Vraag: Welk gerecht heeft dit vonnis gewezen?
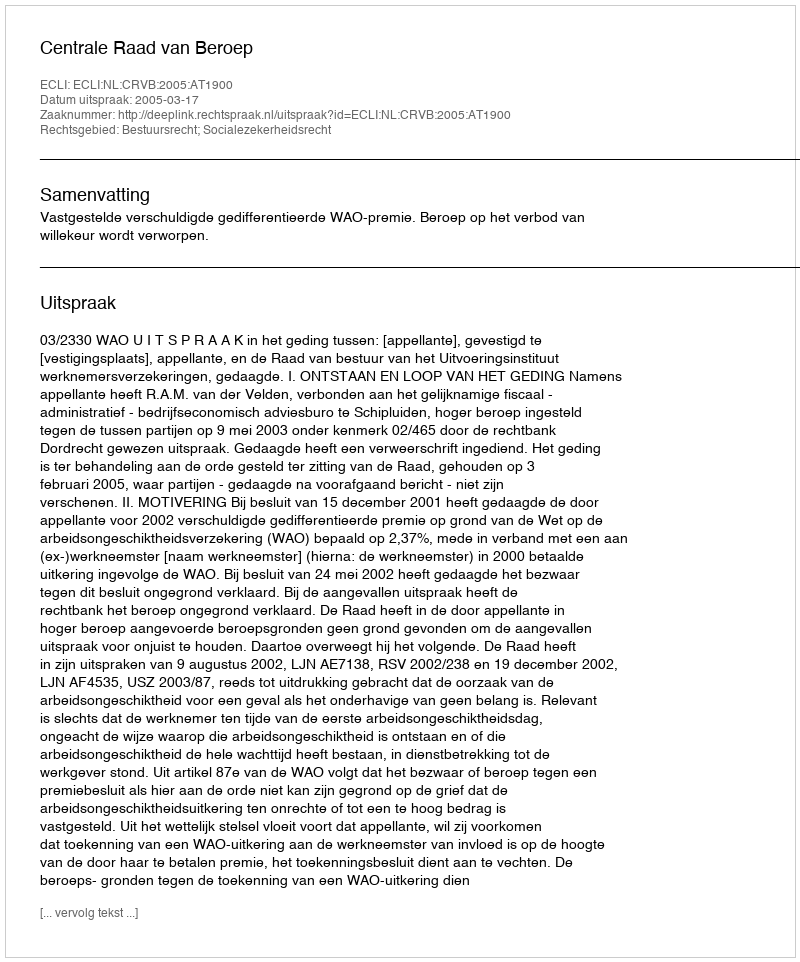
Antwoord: Centrale Raad van Beroep